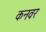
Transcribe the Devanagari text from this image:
कनवर